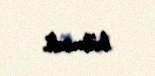
bilmədi.